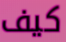
كيف